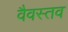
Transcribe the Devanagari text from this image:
वैवस्तव